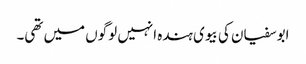
ابوسفیان کی بیوی ہندہ انہیں لوگوں میں تھی۔